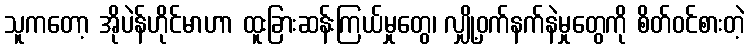
သူကတော့ အိုပဲန်ဟိုင်မာဟာ ထူးခြားဆန်းကြယ်မှုတွေ၊ လျှို့ဝှက်နက်နဲမှုတွေကို စိတ်ဝင်စားတဲ့